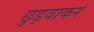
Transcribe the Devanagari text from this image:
छुड़वाकर